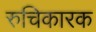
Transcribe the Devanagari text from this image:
रुचिकारक